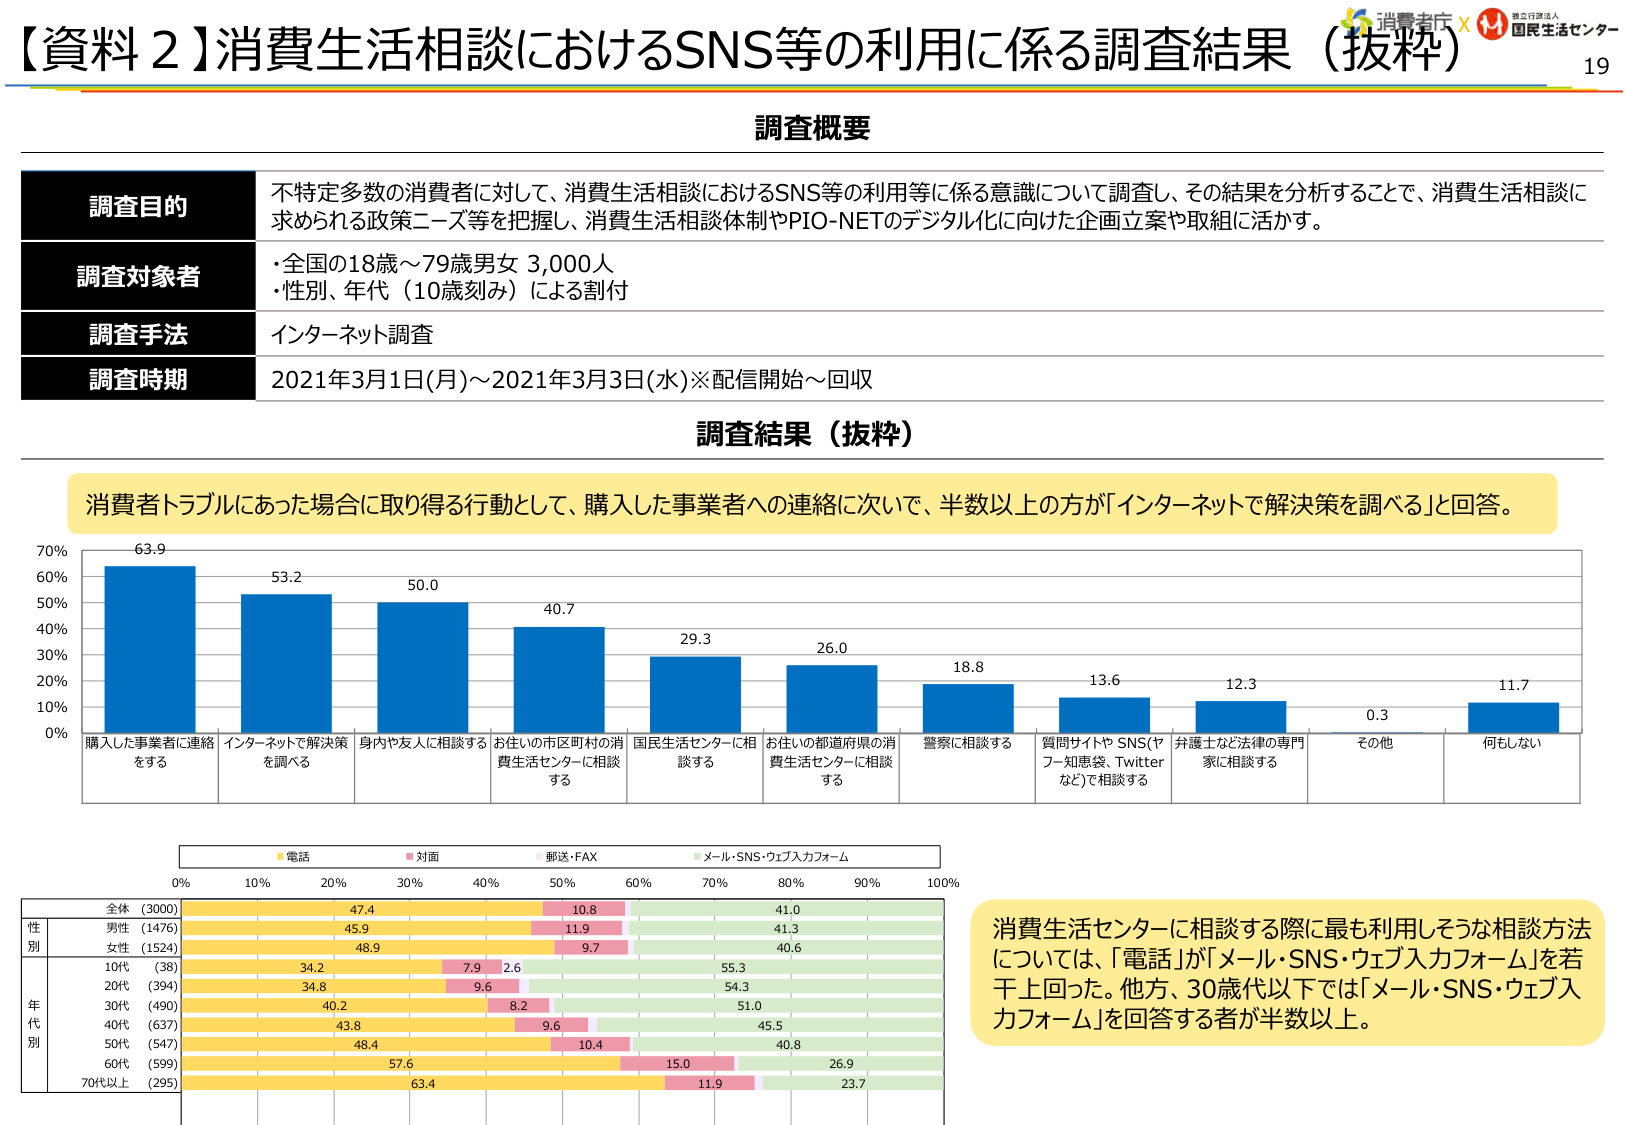
【資料２】消費生活相談におけるSNS等の利用に係る調査結果（抜粋）

調査概要

調査目的
不特定多数の消費者に対して、消費生活相談におけるSNS等の利用等に係る意識について調査し、その結果を分析することで、消費生活相談に求められる政策ニーズ等を把握し、消費生活相談体制やPIO-NETのデジタル化に向けた企画立案や取組に活かす。

調査対象者
・全国の18歳～79歳男女 3,000人
・性別、年代（10歳刻み）による割付

調査手法
インターネット調査

調査時期
2021年3月1日(月)～2021年3月3日(水)※配信開始～回収

調査結果（抜粋）

消費者トラブルにあった場合に取り得る行動として、購入した事業者への連絡に次いで、半数以上の方が「インターネットで解決策を調べる」と回答。

63.9
53.2
50.0
40.7
29.3
26.0
18.8
13.6
12.3
0.3
11.7

購入した事業者に連絡をする
インターネットで解決策を調べる
身内や友人に相談する
お住いの市区町村の消費生活センターに相談する
国民生活センターに相談する
お住いの都道府県の消費生活センターに相談する
警察に相談する
質問サイトやSNS（ヤフー知恵袋、Twitterなど）で相談する
弁護士など法律の専門家に相談する
その他
何もしない

電話
対面
郵送・FAX
メール・SNS・ウェブ入力フォーム

0% 10% 20% 30% 40% 50% 60% 70% 80% 90% 100%

全体（3000） 47.4 10.8 41.0
男性（1476） 45.9 11.9 41.3
女性（1524） 48.9 9.7 40.6
10代（38） 34.2 7.9 2.6 55.3
20代（394） 34.8 9.6 54.3
30代（490） 40.2 8.2 51.0
40代（637） 43.8 9.6 45.5
50代（547） 48.4 10.4 40.8
60代（599） 57.6 15.0 26.9
70代以上（295） 63.4 11.9 23.7

消費生活センターに相談する際に最も利用しそうな相談方法については、「電話」が「メール・SNS・ウェブ入力フォーム」を若干上回った。他方、30歳代以下では「メール・SNS・ウェブ入力フォーム」を回答する者が半数以上。

消費庁 × 独立行政法人 国民生活センター
19